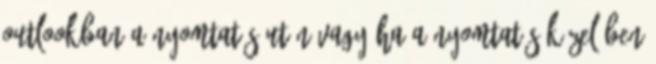
Outlookban a nyomtatás után vagy ha a nyomtatás közelében